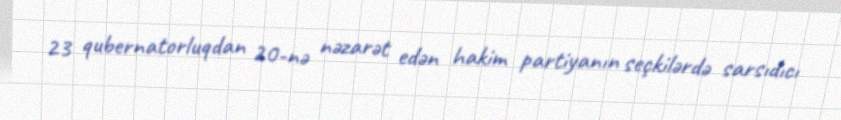
23 qubernatorluqdan 20-nə nəzarət edən hakim partiyanın seçkilərdə sarsıdıcı